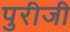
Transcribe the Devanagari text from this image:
पुरीजी